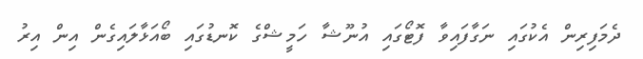
ދެމަފިރިން އެކުގައި ނަގާފައިވާ ފޮޓޯގައި އުނޫޝާ ހަމީޝްގެ ކޮނޑުގައި ބޯއަޅާލައިގެން އިން އިރު